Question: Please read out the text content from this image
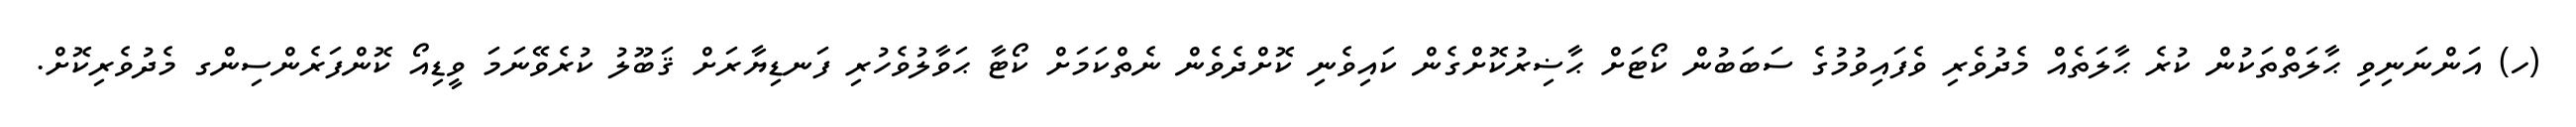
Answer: (ހ) އަންނަނިވި ޙާލަތްތަކުން ކުރެ ޙާލަތެއް މެދުވެރި ވެފައިވުމުގެ ސަބަބުން ކޯޓަށް ޙާޟިރުކޮށްގެން ކައިވެނި ކޮށްދެވެން ނެތްކަމަށް ކޯޓާ ޙަވާލުވެހުރި ފަނޑިޔާރަށް ޤަބޫލު ކުރެވޭނަމަ ވީޑިއޯ ކޮންފަރެންސިންގ މެދުވެރިކޮށް.